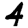
Digit: 4